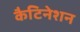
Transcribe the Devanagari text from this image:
कैटिनेशन